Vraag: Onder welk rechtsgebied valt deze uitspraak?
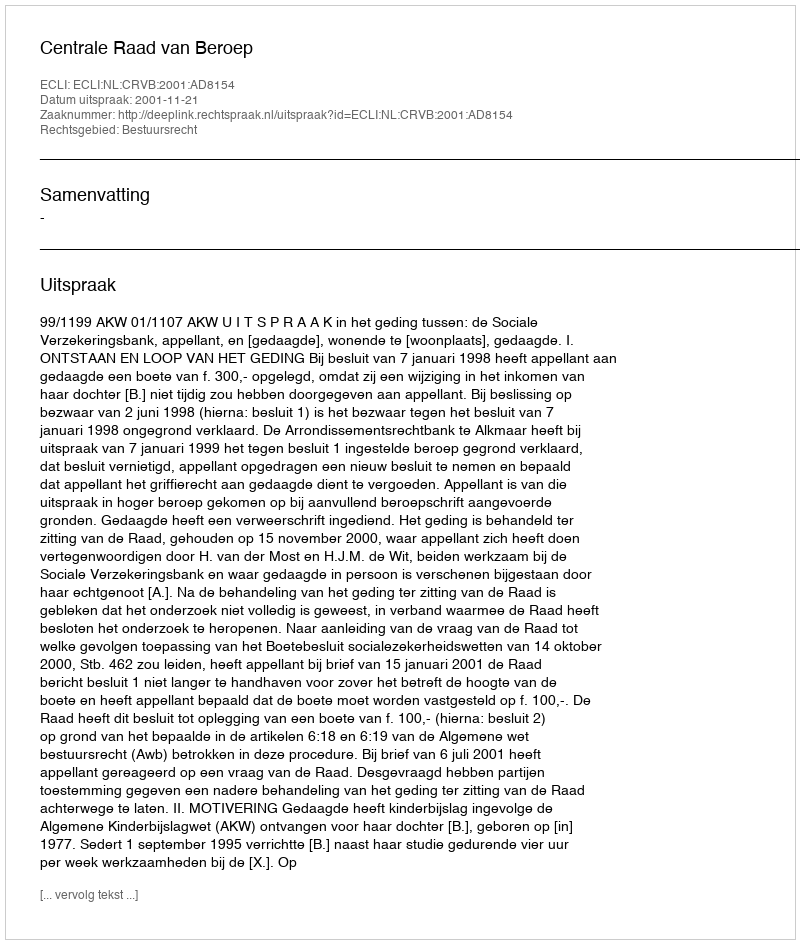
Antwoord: Bestuursrecht